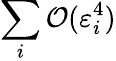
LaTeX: \sum_{i}\mathcal{O}(\varepsilon_{i}^{4})